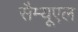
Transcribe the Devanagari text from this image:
सैम्‍यूएल